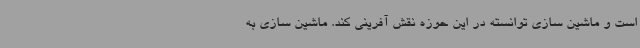
است و ماشین سازی توانسته در این حوزه نقش آفرینی کند. ماشین سازی به